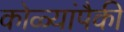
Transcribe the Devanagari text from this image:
कोळ्यांपैकी